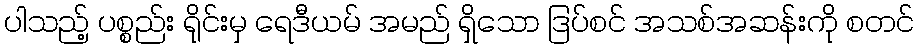
ပါသည့် ပစ္စည်း ရိုင်းမှ ရေဒီယမ် အမည် ရှိသော ဒြပ်စင် အသစ်အဆန်းကို စတင်